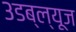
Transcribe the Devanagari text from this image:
३डब्ल्यूज